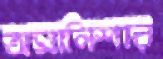
অমানিশার